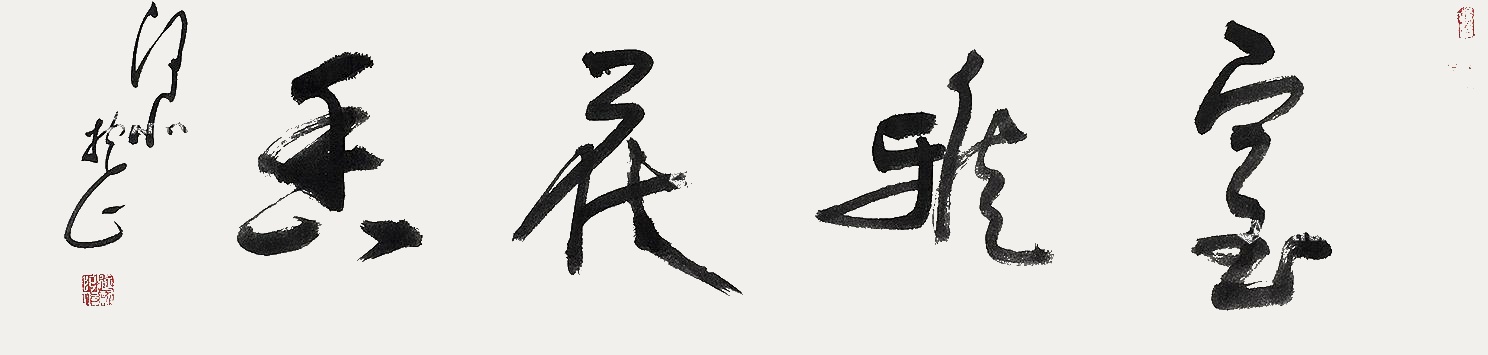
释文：室雅花香张进新